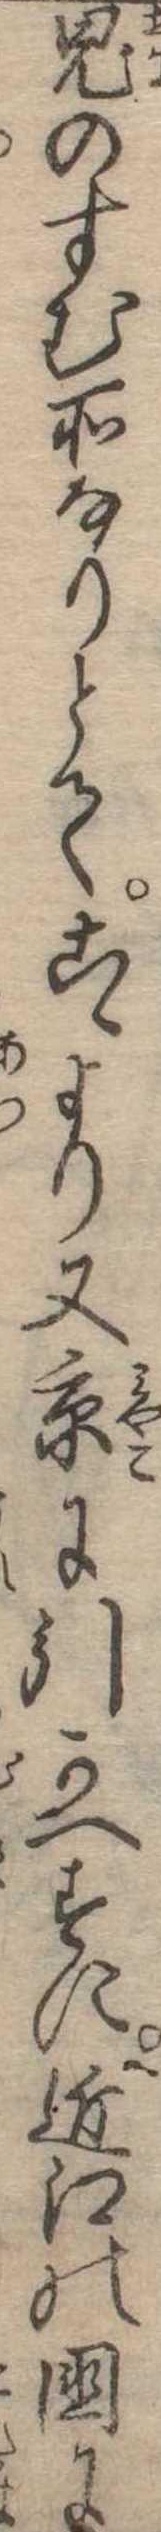
鬼のすむ所なりとてこゝより又京に引かへすに近江の国に